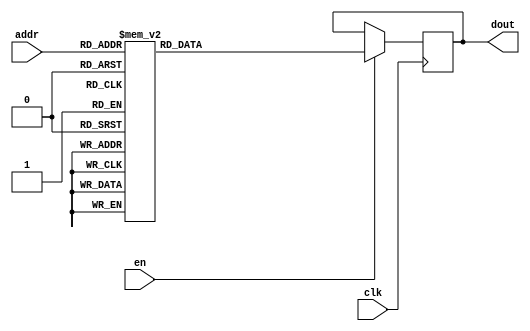
`timescale 1ns / 1ps
/*
Copyright
All right reserved.
Module Name: rom_syn
Author  : Zichuan Liu, Yixing Li and Wenye Liu.
Description:
A synthesized ROM: ROM_DEP x ROM_WID
*/
module DC_7_REF_ROM_11(
// inputs
clk,
en,
addr,
// outputs
dout
);
localparam ROM_WID = 14;
localparam ROM_DEP = 32;
localparam ROM_ADDR = 5;
// input definition
input clk;
input en;
input [ROM_ADDR-1:0] addr;
// output definition
output [ROM_WID-1:0] dout;
reg [ROM_WID-1:0] data;
always @(posedge clk)
begin
if (en) begin
case(addr)
		5'd0: data <= 14'b01001001000000;
		5'd1: data <= 14'b01001001011010;
		5'd2: data <= 14'b01001011110010;
		5'd3: data <= 14'b01000101011011;
		5'd4: data <= 14'b01001010000000;
		5'd5: data <= 14'b01001000111011;
		5'd6: data <= 14'b01001101010111;
		5'd7: data <= 14'b01001100011110;
		5'd8: data <= 14'b01001001110101;
		5'd9: data <= 14'b01001000001011;
		5'd10: data <= 14'b01001110010101;
		5'd11: data <= 14'b01001111100111;
		5'd12: data <= 14'b01001000100011;
		5'd13: data <= 14'b01010100111110;
		5'd14: data <= 14'b01000111101011;
		5'd15: data <= 14'b01000111100000;
		5'd16: data <= 14'b01001010011110;
		5'd17: data <= 14'b01001010010100;
		5'd18: data <= 14'b01001000101111;
		5'd19: data <= 14'b01001001011000;
		5'd20: data <= 14'b01001000111111;
		5'd21: data <= 14'b01000110100101;
		5'd22: data <= 14'b01001010100001;
		5'd23: data <= 14'b01000111111100;
		5'd24: data <= 14'b01000111010110;
		5'd25: data <= 14'b01001010110110;
		5'd26: data <= 14'b01000101100110;
		5'd27: data <= 14'b01001110001010;
		5'd28: data <= 14'b01001010101001;
		5'd29: data <= 14'b01001011010010;
		5'd30: data <= 14'b01000110111010;
		5'd31: data <= 14'b01001101010111;
		endcase
		end
	end
	assign dout = data;
endmodule